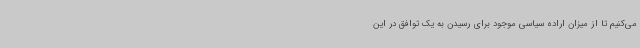
می‌کنیم تا از میزان اراده سیاسی موجود برای رسیدن به یک توافق در این